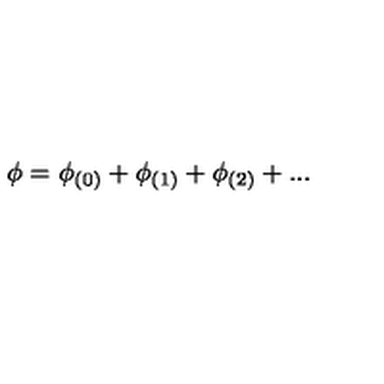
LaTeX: \phi = \phi _ { ( 0 ) } + \phi _ { ( 1 ) } + \phi _ { ( 2 ) } + . . .